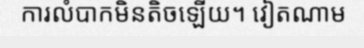
ការលំបាកមិនតិចឡើយ។ វៀតណាម